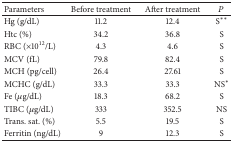
<table><thead><tr><td><b>Parameters</b></td><td><b>Before treatment</b></td><td><b>After treatment</b></td><td><b><i>P</i></b></td></tr></thead><tbody><tr><td>Hg (g/dL)</td><td>11.2</td><td>12.4</td><td>S**</td></tr><tr><td>Htc (%)</td><td>34.2</td><td>36.8</td><td>S</td></tr><tr><td>RBC (×10<sup>12</sup>/L)</td><td>4.3</td><td>4.6</td><td>S</td></tr><tr><td>MCV (fL)</td><td>79.8</td><td>82.4</td><td>S</td></tr><tr><td>MCH (pg/cell)</td><td>26.4</td><td>27.61</td><td>S</td></tr><tr><td>MCHC (g/dL)</td><td>33.3</td><td>33.3</td><td>NS*</td></tr><tr><td>Fe (<i>μ</i>g/dL)</td><td>18.3</td><td>68.2</td><td>S</td></tr><tr><td>TIBC (<i>μ</i>g/dL)</td><td>333</td><td>352.5</td><td>NS</td></tr><tr><td>Trans. sat. (%)</td><td>5.5</td><td>19.5</td><td>S</td></tr><tr><td>Ferritin (ng/dL)</td><td>9</td><td>12.3</td><td>S</td></tr></tbody></table>